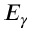
E _ { \gamma }